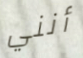
أنني